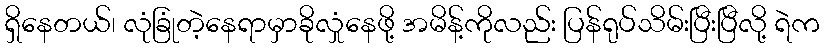
ရှိနေတယ်၊ လုံခြုံတဲ့နေရာမှာခိုလှုံနေဖို့ အမိန့်ကိုလည်း ပြန်ရုပ်သိမ်းပြီးပြီလို့ ရဲက